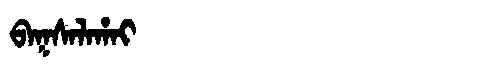
Manchu: ᠪᠠᡴᠰᠠᠯᠠᡥᠠᡳ
Romanization: BAKSALAHAI